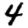
Digit: 4